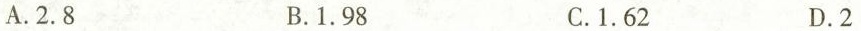
A.2.8 B.1.98 C.1.62 D.2